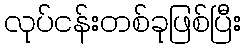
လုပ်ငန်းတစ်ခုဖြစ်ပြီး